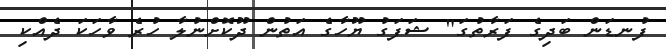
ފުނޑަން ބަދިގެ ފަރާތުގަ" ޝަފަގު ޔޫހާގެ އަތުން ދޫކޮށްނުލާ ހުރެ ވާހަކަ ދެއްކި